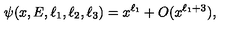
\psi ( x , E , \ell _ { 1 } , \ell _ { 2 } , \ell _ { 3 } ) = x ^ { \ell _ { 1 } } + O ( x ^ { \ell _ { 1 } + 3 } ) ,